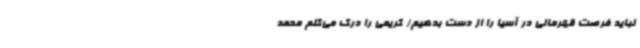
نباید فرصت قهرمانی در آسیا را از دست بدهیم/ کریمی را درک می‌کنم محمد